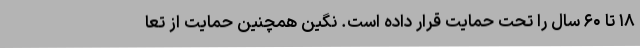
۱۸ تا ۶۰ سال را تحت حمایت قرار داده است. نگین همچنین حمایت از تعا